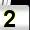
Digit: 2